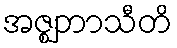
အဇ္ဈဘာသီတိ